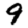
Digit: 9